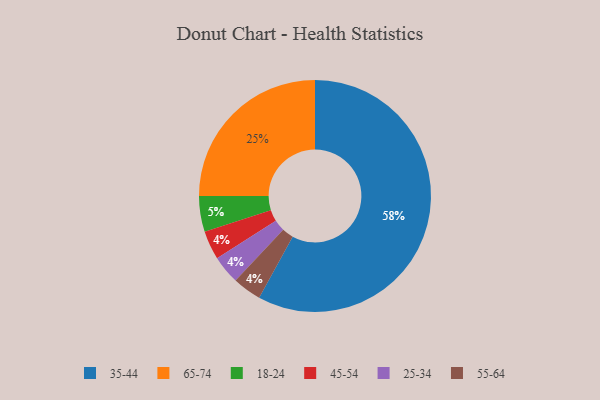
{"axis": {"x": "Category", "y": "Percentage"}, "legend": ["18-24", "25-34", "35-44", "45-54", "55-64", "65-74"], "data": [{"x": "65-74", "y": 25, "type": "65-74"}, {"x": "45-54", "y": 4, "type": "45-54"}, {"x": "25-34", "y": 4, "type": "25-34"}, {"x": "18-24", "y": 5, "type": "18-24"}, {"x": "35-44", "y": 58, "type": "35-44"}, {"x": "55-64", "y": 4, "type": "55-64"}]}